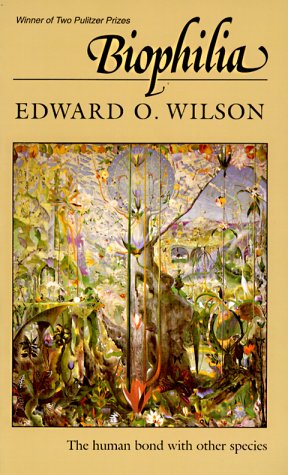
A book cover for Biophilia; Edward O. Wilson; Science & Math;